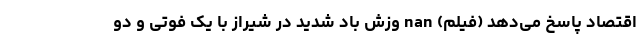
اقتصاد پاسخ می‌دهد (فیلم) nan وزش باد شدید در شیراز با یک فوتی و دو